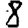
Digit: 8